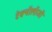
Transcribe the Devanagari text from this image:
टेक्नॅालॅाजी